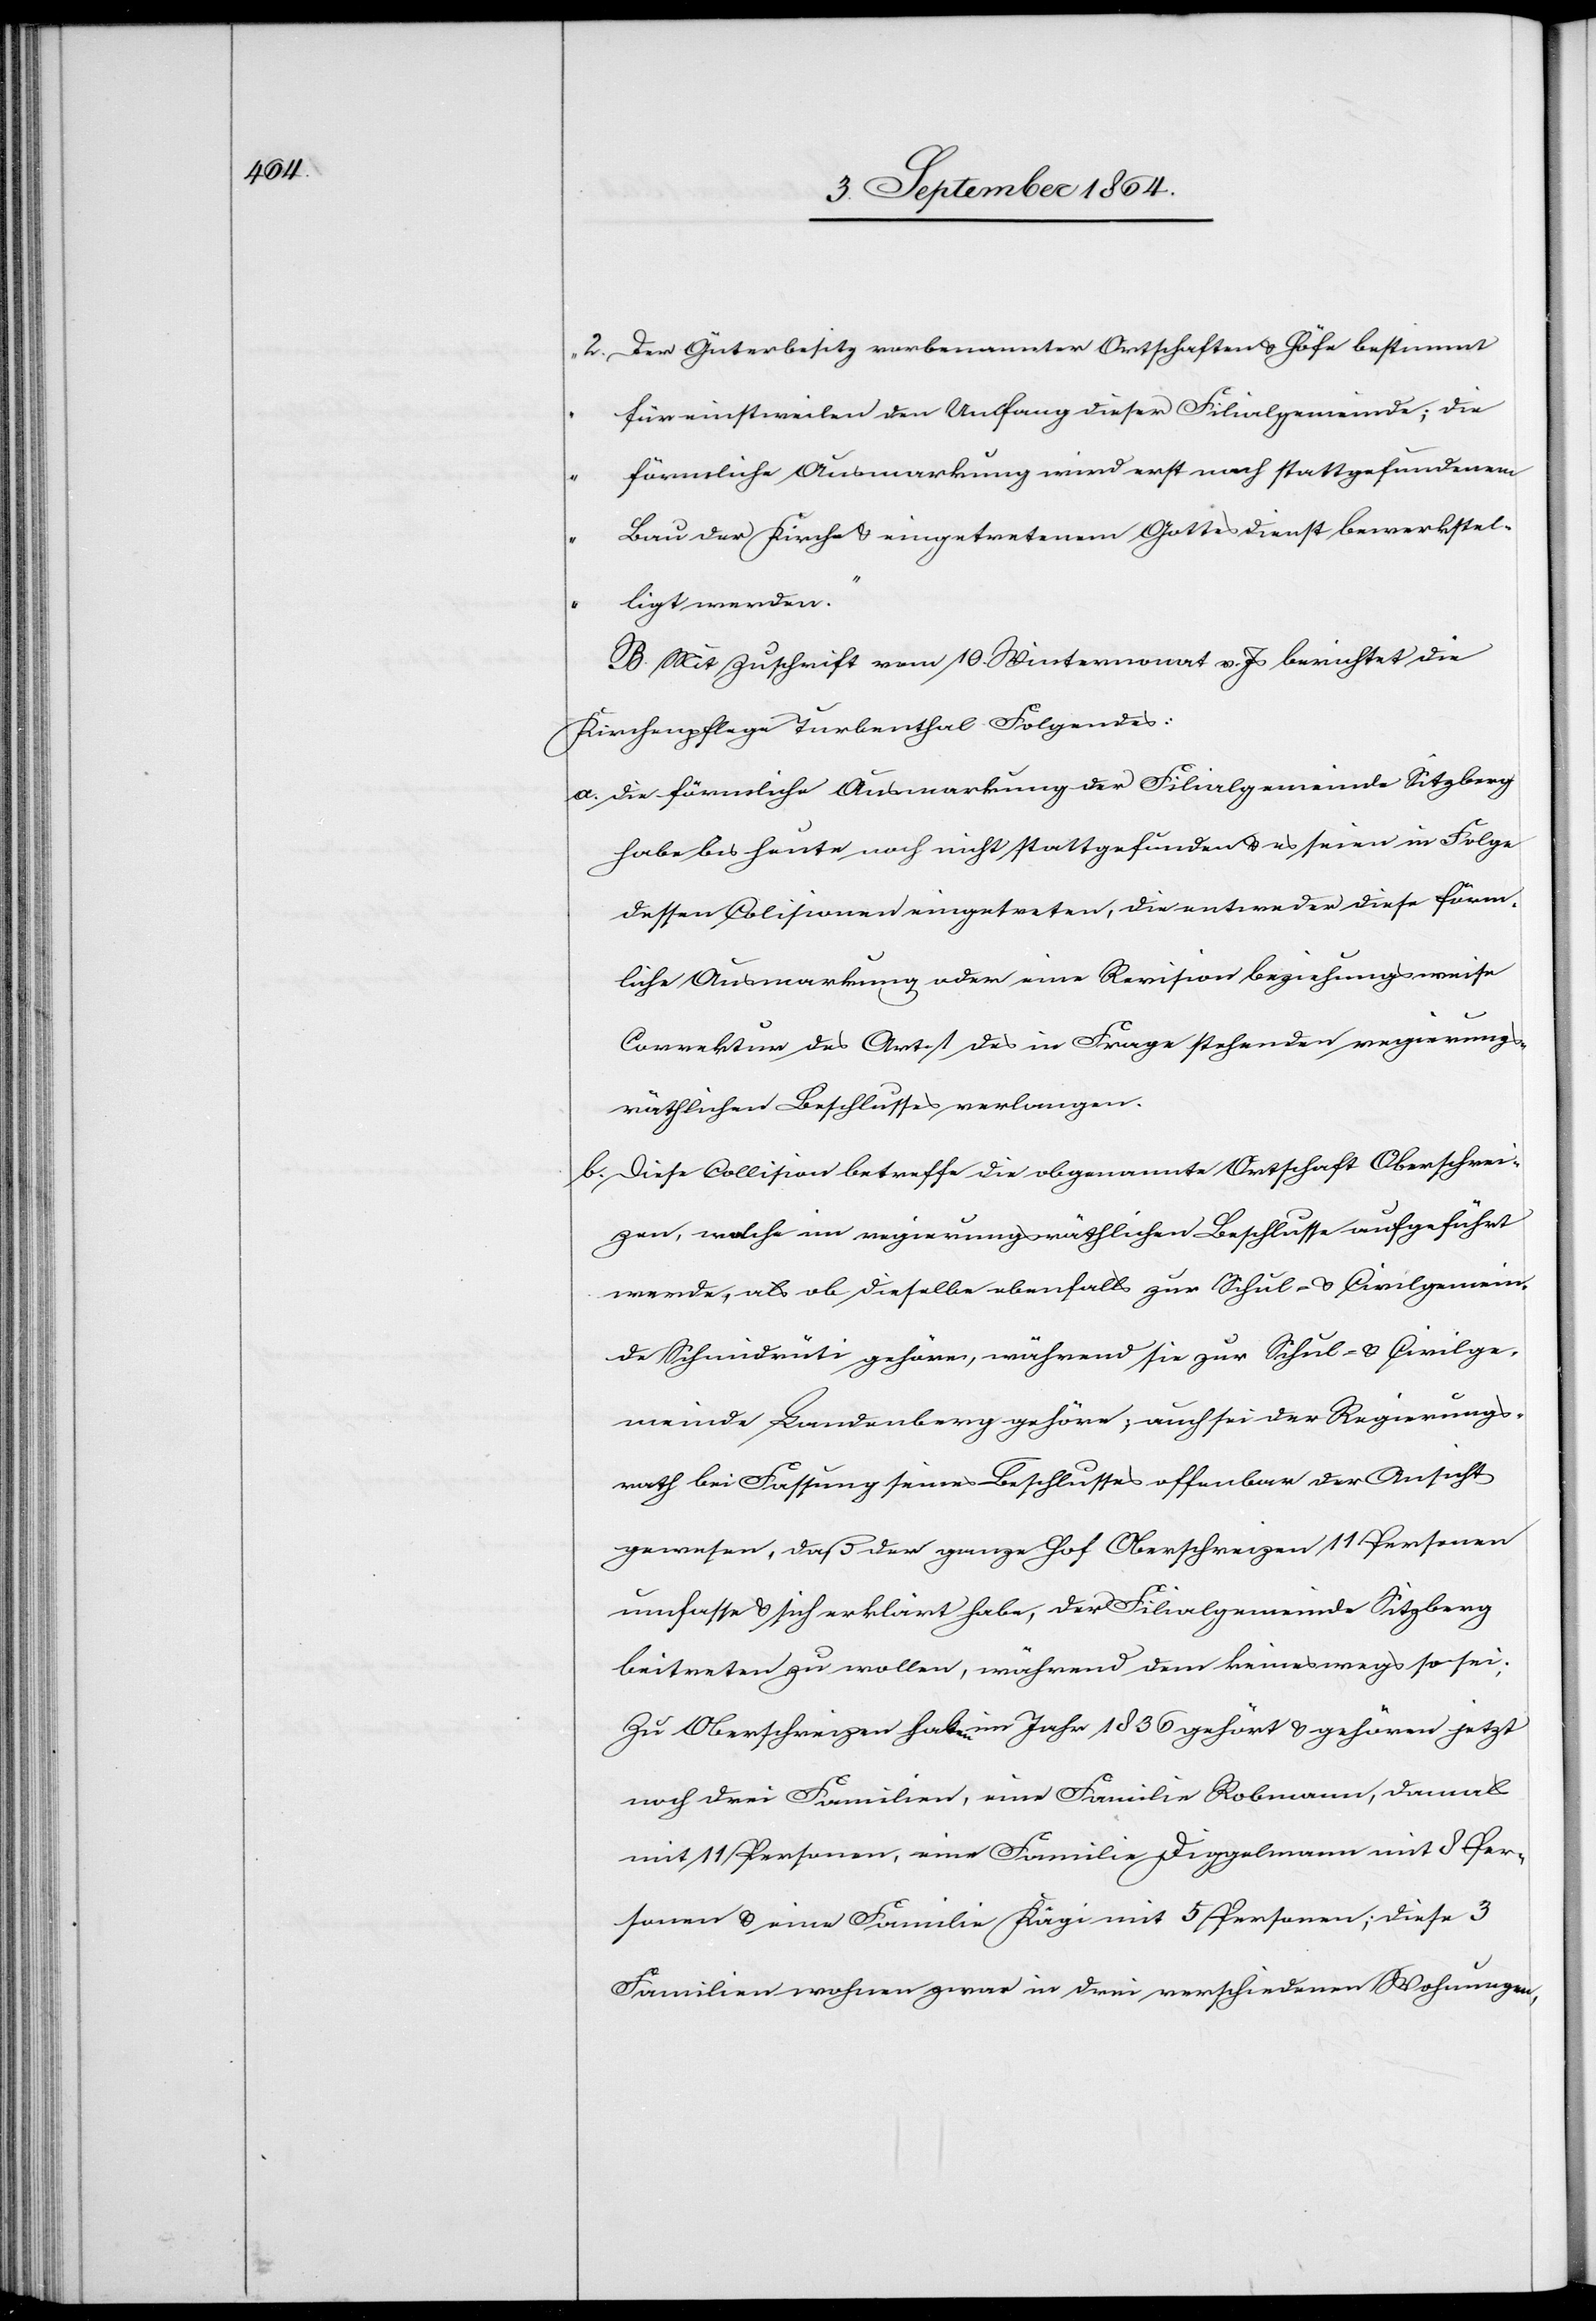
2)	Der Güterbesitz vorbenannter Ortschaften & Höfe bestimmt
für einstweilen den Umfang dieser Filialgemeinde; die
förmliche Ausmarkung wird erst nach stattgefundenem
Bau der Kirche & eingetretenem Gottesdienst bewerkstel¬
ligt werden.“
B. Mit Zuschrift vom 10. Wintermonat v. Js berichtet die
Kirchenpflege Turbenthal Folgendes:
a)	die förmliche Ausmarkung der Filialgemeinde Sitzberg
habe bis heute noch nicht stattgefunden & es seien in Folge
dessen Colisionen eingetreten, die entweder diese förm¬
liche Ausmarkung oder eine Revision beziehungsweise
Correktur des Art. 1 des in Frage stehenden regierungs¬
räthlichen Beschlusses verlangen.
b)	Diese Collision betreffe die obgenannte Ortschaft Oberschrei¬
zen, welche im regierungsräthlichen Beschlusse aufgeführt
werde, als ob dieselbe ebenfalls zur Schul- & Civilgemein¬
de Schmidrüti gehöre, während sie zur Schul- & Civilge¬
meinde Landenberg gehöre; auch sei der Regierungs¬
rath bei Fassung seines Beschlusses offenbar der Ansicht
gewesen, daß der ganze Hof Oberschreizen 11 Personen
umfasse & sich erklärt habe, der Filialgemeinde Sitzberg
beitreten zu wollen, während dem keineswegs so sei.
Zu Oberschreizen haben im Jahr 1836 gehört & gehören jetzt
noch drei Familien, eine Familie Robmann, damals
mit 11 Personen, eine Familie Diggelmann mit 8 Per¬
sonen & eine Familie Kägi mit 5 Personen; diese 3
Familien wohnen zwar in drei verschiedenen Wohnungen,